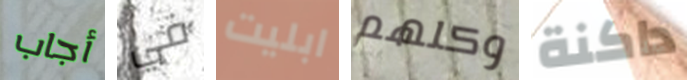
أجاب في ابليت وكلهم داكنة